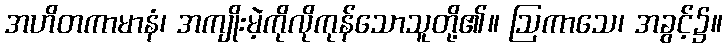
အဟိတကာမာနံ၊ အကျိုးမဲ့ကိုလိုကုန်သောသူတို့၏။ ဩကာသေ၊ အခွင့်၌။